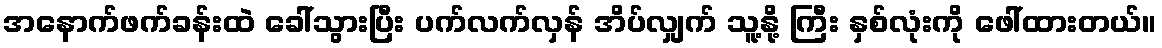
အနောက်ဖက်ခန်းထဲ ခေါ်သွားပြီး ပက်လက်လှန် အိပ်လျှက် သူ့နို့ ကြီး နှစ်လုံးကို ဖေါ်ထားတယ်။